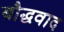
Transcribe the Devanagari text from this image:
बौद्धवाद